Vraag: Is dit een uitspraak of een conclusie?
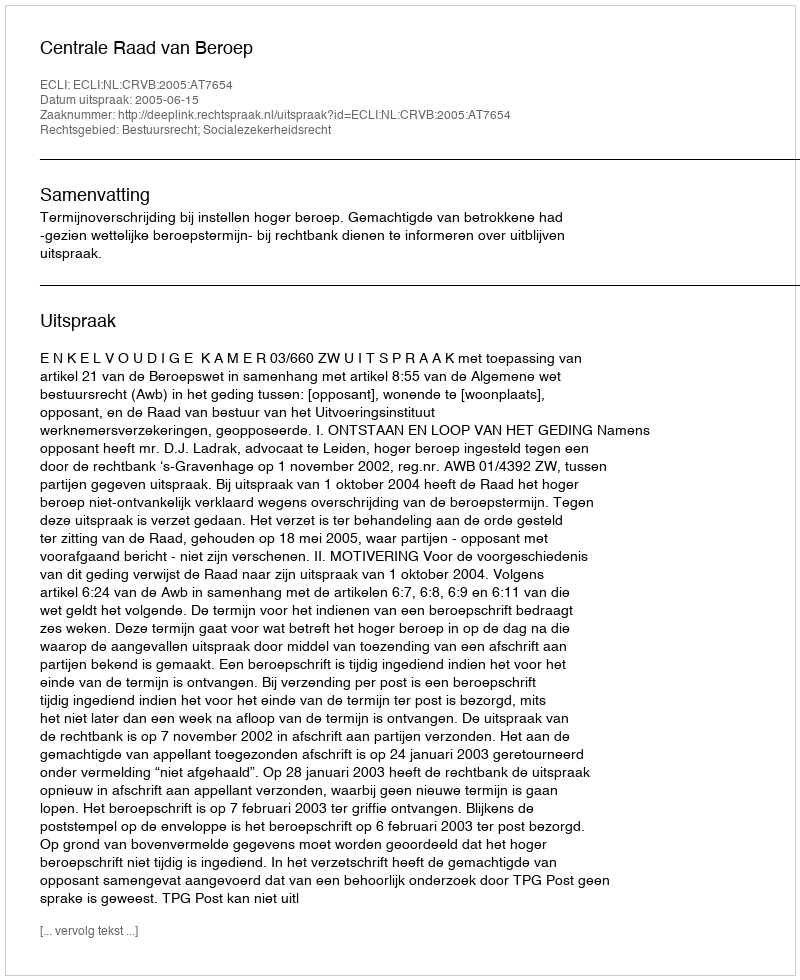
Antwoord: Uitspraak